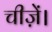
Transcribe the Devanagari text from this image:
चीज़ें।